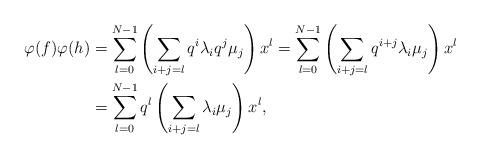
LaTeX: \begin{align*}\varphi(f)\varphi(h)&=\sum_{l=0}^{N-1}\left (\sum_{i+j=l}q^{i}\lambda_{i}q^{j}\mu_{j}\right )x^{l}=\sum_{l=0}^{N-1}\left (\sum_{i+j=l}q^{i+j}\lambda_{i}\mu_{j}\right )x^{l}\\&=\sum_{l=0}^{N-1}q^{l}\left (\sum_{i+j=l}\lambda_{i}\mu_{j}\right )x^{l},\end{align*}